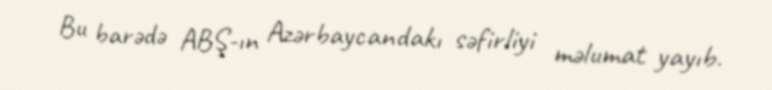
Bu barədə ABŞ-ın Azərbaycandakı səfirliyi məlumat yayıb.